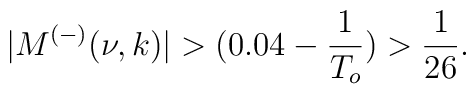
|M^{(-)}(\nu,k)|>(0.04-\frac{1}{T_o})>\frac{1}{26}.